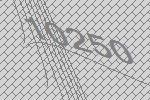
10250